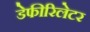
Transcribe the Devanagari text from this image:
डेफीरिलेटर